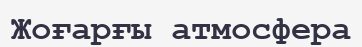
Жоғарғы атмосфера